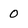
Character: 0